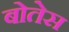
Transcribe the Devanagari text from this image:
बोतेस